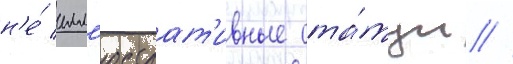
н'е́ илл'юстрат'ивные ста́туи //